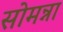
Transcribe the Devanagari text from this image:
सोमन्ना